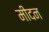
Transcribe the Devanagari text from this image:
मीदन